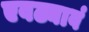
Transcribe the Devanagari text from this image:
एवढ्यावं